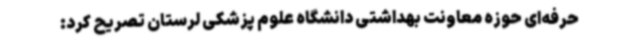
حرفه‌ای حوزه معاونت بهداشتی دانشگاه علوم پزشکی لرستان تصریح کرد: